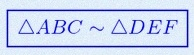
\triangle ABC\sim\triangle DEF